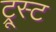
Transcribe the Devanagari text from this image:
ट्रूस्ट